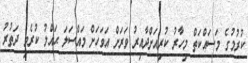
ކުރުމުގެ މަސައްކަތް މިހާރު ކުރިއަށްދާއިރު ވަރަށް އަވަހަށް މައްސަލަ ޙައްލު ކުރެވި ދަތުރު